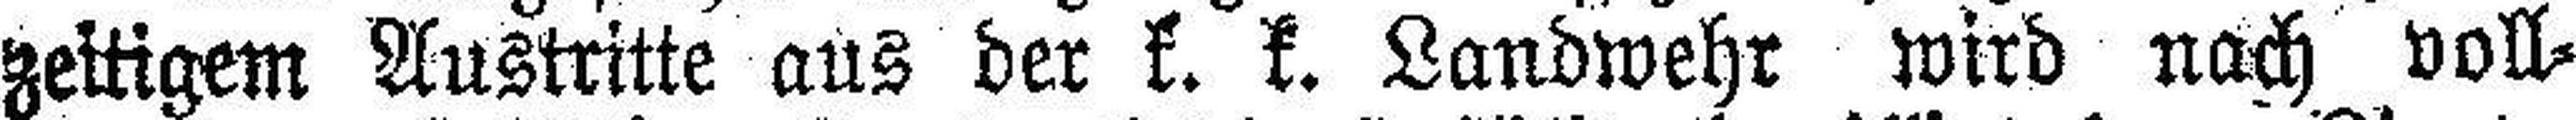
zeitigem Austritte aus der k. k. Landwehr wird nach voll¬